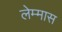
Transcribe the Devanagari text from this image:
लेम्मास